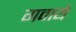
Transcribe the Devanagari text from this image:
गवाये